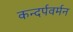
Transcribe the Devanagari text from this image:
कन्दर्पवर्मन